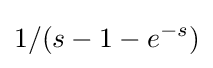
1/(s-1-e^{-s})